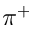
\pi ^ { + }